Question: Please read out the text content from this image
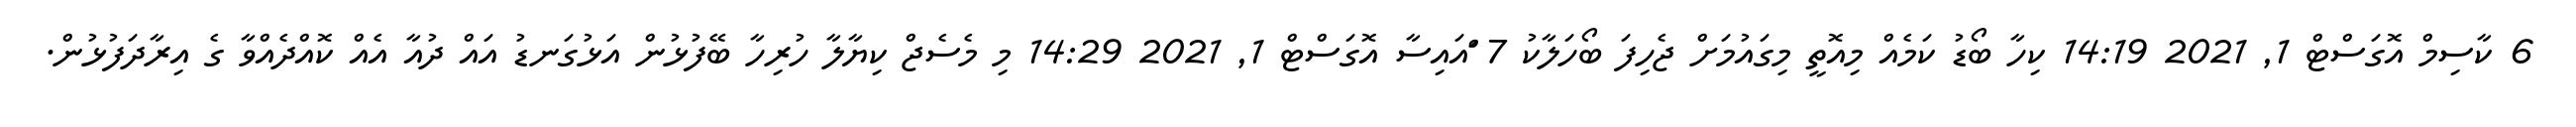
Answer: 6 ކާސިމް އޮގަސްޓް 1, 2021 14:19 ކިހާ ބޯޑު ކަމެއް މިއޮތީ މިގައުމަށް ޖެހިފަ ބޯހަލާކު 7 ަްއައިސާ އޮގަސްޓް 1, 2021 14:29 މި މެސެޖް ކިޔާލާ ހުރިހާ ބޭފުޅުން އަޅުގަނޑު އައް ދުއާ އެއް ކޮއްދެއްވާ ގެ އިރާދަފުޅުން.